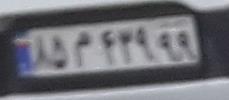
۸۵م۴۳۹۹۹